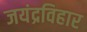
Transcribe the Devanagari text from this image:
जयंद्रविहार